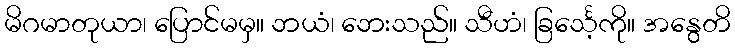
မိဂမာတုယာ၊ ပြောင်မမှ။ ဘယံ၊ ဘေးသည်။ သီဟံ၊ ခြင်္သေ့ကို။ အနွေတိ